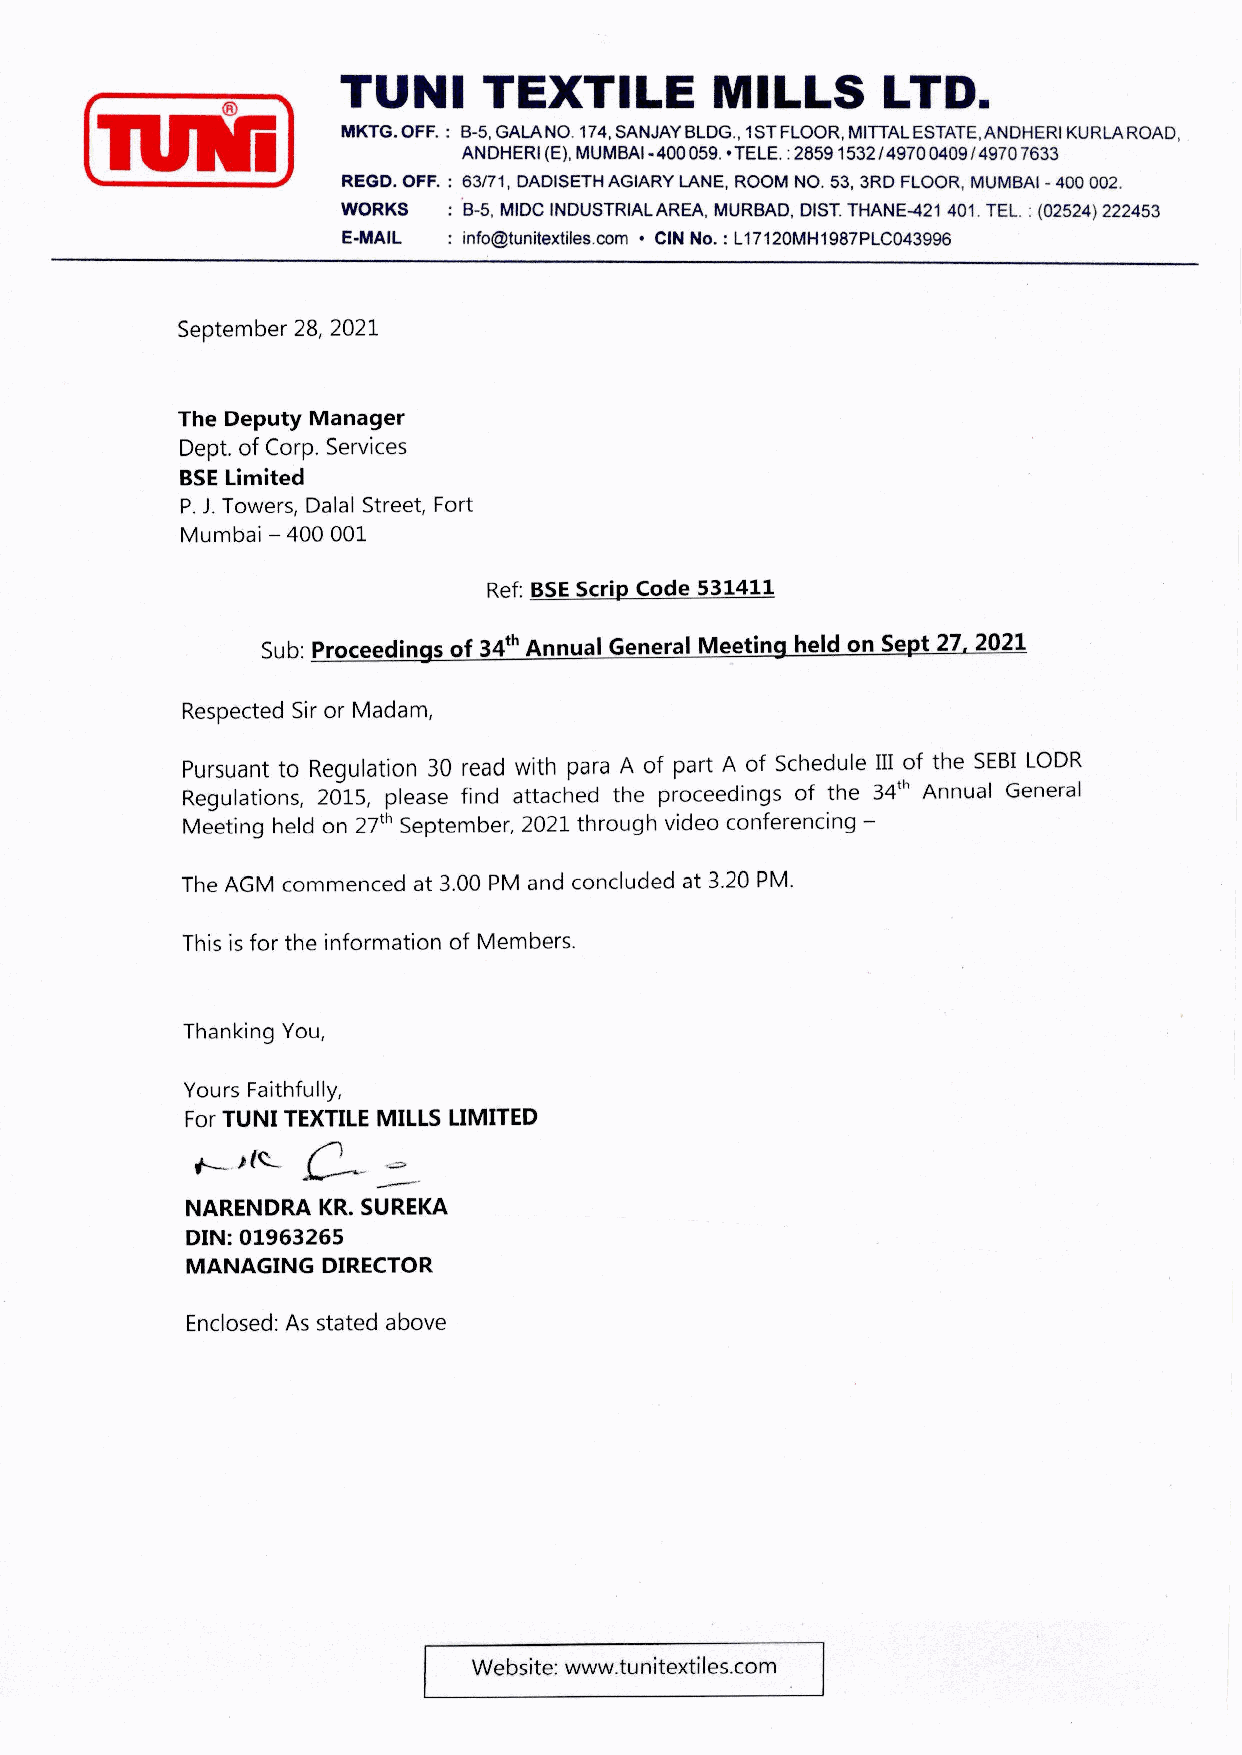
-       TUNI     TEXTILE        MILLS      LTD.
 MKTG. OFF. : B-5,GALANO. 174, SANJAY BLDG., 1ST FLOOR, MITTAL ESTATE, ANDHERI KURLAROAD,
 EA             ANDHERI (E), MUMBAI - 400 059. * TELE. : 2859 1532/4970 0409/4970 7633
 REGD. OFF. : 63/71, DADISETH AGIARY LANE, ROOM NO. 53, 3RD FLOOR, MUMBAI - 400 002.
 WORKS  : B-5, MIDC INDUSTRIAL AREA, MURBAD, DIST. THANE-421 401. TEL. : (02524) 222453
 E-MAIL : info@tunitextiles.com + CIN No. : L17120MH1987PLC043996
 September 28, 2021
 The Deputy Manager
 Dept. of Corp. Services
 BSE Limited
 P. J. Towers, Dalal Street, Fort
 Mumbai — 400 001
 Ref: BSE Scrip Code 531411
 Sub: Proceedings of 34 Annual General Meeting held on Sept 27, 2021
 Respected Sir or Madam,
 Pursuant to Regulation 30 read with para A of part A of Schedule Ill of the SEBI LODR
 Regulations, 2015, please find attached the proceedings of the 34" Annual General
 Meeting held on 27" September, 2021 through video conferencing —
 The AGM commenced at 3.00 PM and concluded at 3.20 PM.
 This is for the information of Members.
 Thanking You,
 Yours Faithfully,
 For TUNI TEXTILE MILLS LIMITED
 KAS   foe    =
 NARENDRA KR. SUREKA
 DIN: 01963265
 MANAGING DIRECTOR
 Enclosed: As stated above
 Website: www.tunitextiles.com